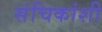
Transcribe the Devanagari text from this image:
संचिकांशी